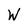
Character: W